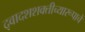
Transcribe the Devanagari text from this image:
द्वादशशक्तीच्यारूपाचें